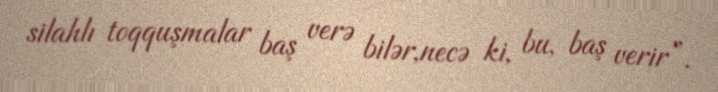
silahlı toqquşmalar baş verə bilər,necə ki, bu, baş verir”.